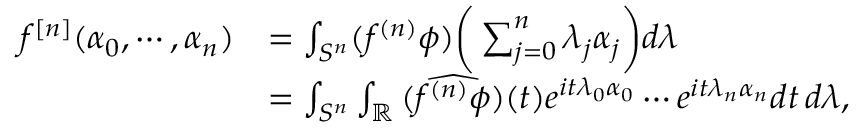
\begin{array} { r l } { f ^ { [ n ] } ( \alpha _ { 0 } , \cdots , \alpha _ { n } ) } & { = \int _ { S ^ { n } } ( f ^ { ( n ) } \phi ) \bigg ( \sum _ { j = 0 } ^ { n } \lambda _ { j } \alpha _ { j } \bigg ) d \lambda } \\ & { = \int _ { S ^ { n } } \int _ { \mathbb { R } } \widehat { ( f ^ { ( n ) } \phi ) } ( t ) e ^ { i t \lambda _ { 0 } \alpha _ { 0 } } \cdots e ^ { i t \lambda _ { n } \alpha _ { n } } d t \, d \lambda , } \end{array}